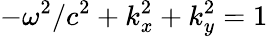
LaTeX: -\omega^{2}/c^{2}+k_{x}^{2}+k_{y}^{2}=1